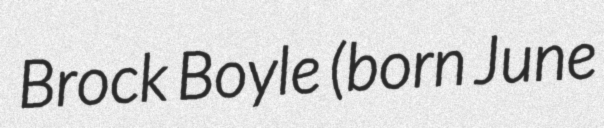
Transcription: Brock Boyle (born June